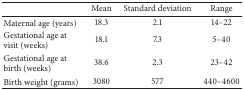
<table><thead><tr><td><b> </b></td><td><b>Mean</b></td><td><b>Standard deviation</b></td><td><b>Range</b></td></tr></thead><tbody><tr><td>Maternal age (years)</td><td>18.3</td><td>2.1</td><td>14–22</td></tr><tr><td>Gestational age at visit (weeks)</td><td>18.1</td><td>7.3</td><td>5–40</td></tr><tr><td>Gestational age at birth (weeks)</td><td>38.6</td><td>2.3</td><td>23–42</td></tr><tr><td>Birth weight (grams)</td><td>3080</td><td>577</td><td>440–4600</td></tr></tbody></table>